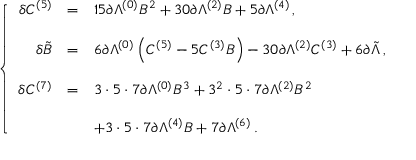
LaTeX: \left\{ \begin{array} { r c l } { { \delta C ^ { ( 5 ) } } } & { { = } } & { { 1 5 \partial \Lambda ^ { ( 0 ) } B ^ { 2 } + 3 0 \partial \Lambda ^ { ( 2 ) } B + 5 \partial \Lambda ^ { ( 4 ) } \, , } } \\ { { } } & { { } } & { { } } \\ { { \delta \tilde { B } } } & { { = } } & { { 6 \partial \Lambda ^ { ( 0 ) } \left( C ^ { ( 5 ) } - 5 C ^ { ( 3 ) } B \right) - 3 0 \partial \Lambda ^ { ( 2 ) } C ^ { ( 3 ) } + 6 \partial \tilde { \Lambda } \, , } } \\ { { } } & { { } } & { { } } \\ { { \delta C ^ { ( 7 ) } } } & { { = } } & { { 3 \cdot 5 \cdot 7 \partial \Lambda ^ { ( 0 ) } B ^ { 3 } + 3 ^ { 2 } \cdot 5 \cdot 7 \partial \Lambda ^ { ( 2 ) } B ^ { 2 } } } \\ { { } } & { { } } & { { } } \\ { { } } & { { } } & { { + 3 \cdot 5 \cdot 7 \partial \Lambda ^ { ( 4 ) } B + 7 \partial \Lambda ^ { ( 6 ) } \, . } } \end{array} \right.